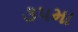
૩૫મા